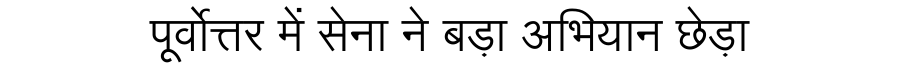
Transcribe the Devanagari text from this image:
पूर्वोत्तर में सेना ने बड़ा अभियान छेड़ा